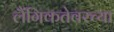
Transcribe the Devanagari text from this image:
लैंगिकतेवरच्या